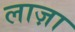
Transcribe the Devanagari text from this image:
लाज़ा